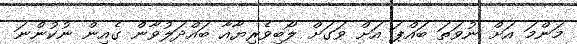
މަންމަ އަށް ނުވަތަ ބައްޕަ އަށް ވަގަށް ލޯބިވެރިޔާއާ ބައްދަލުވާން ގެއިން ނުކުންނަ